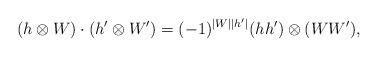
LaTeX: \begin{align*}(h\otimes W)\cdot (h^\prime \otimes W^\prime )=(-1)^{\vert W\vert \vert h^\prime\vert }(h h^\prime )\otimes (W W^\prime ),\end{align*}